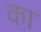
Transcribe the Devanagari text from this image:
का